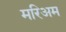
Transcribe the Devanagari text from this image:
मरिअम